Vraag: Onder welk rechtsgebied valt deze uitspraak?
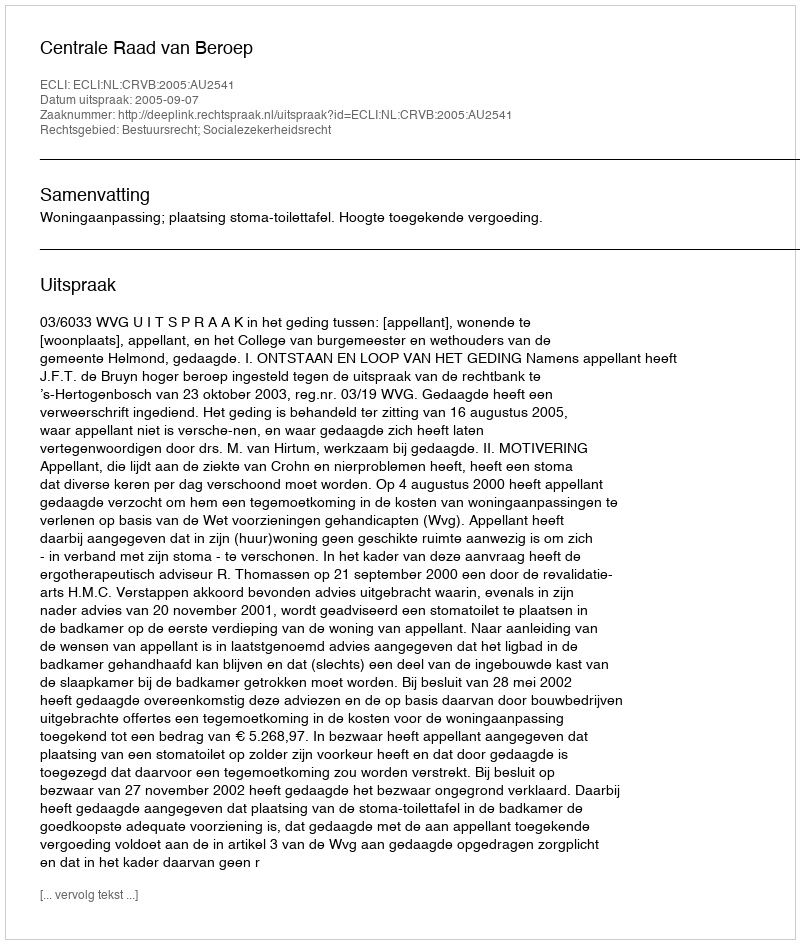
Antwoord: Bestuursrecht; Socialezekerheidsrecht